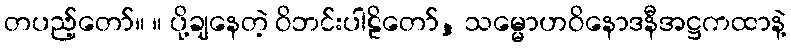
တပည့်တော်။ ။ ပို့ချနေတဲ့ ဝိဘင်းပါဠိတော်, သမ္မောဟဝိနောဒနီအဋ္ဌကထာနဲ့